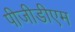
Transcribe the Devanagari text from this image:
पीजीडीएम